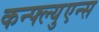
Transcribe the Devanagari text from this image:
कन्फ्ल्युएन्स